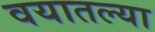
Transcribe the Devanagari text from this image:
वयातल्या